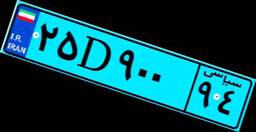
۲۵D۹۰۰۹۴